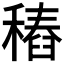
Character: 𥡟